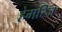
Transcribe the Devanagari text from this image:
हेमरिज